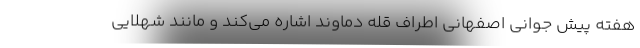
هفته پیش جوانی اصفهانی اطراف قله دماوند اشاره می‌کند و مانند شهلایی